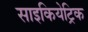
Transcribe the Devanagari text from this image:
साइकियेट्रिक